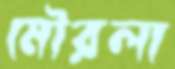
মৌরলা